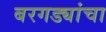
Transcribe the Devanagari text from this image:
बरगड्यांचा